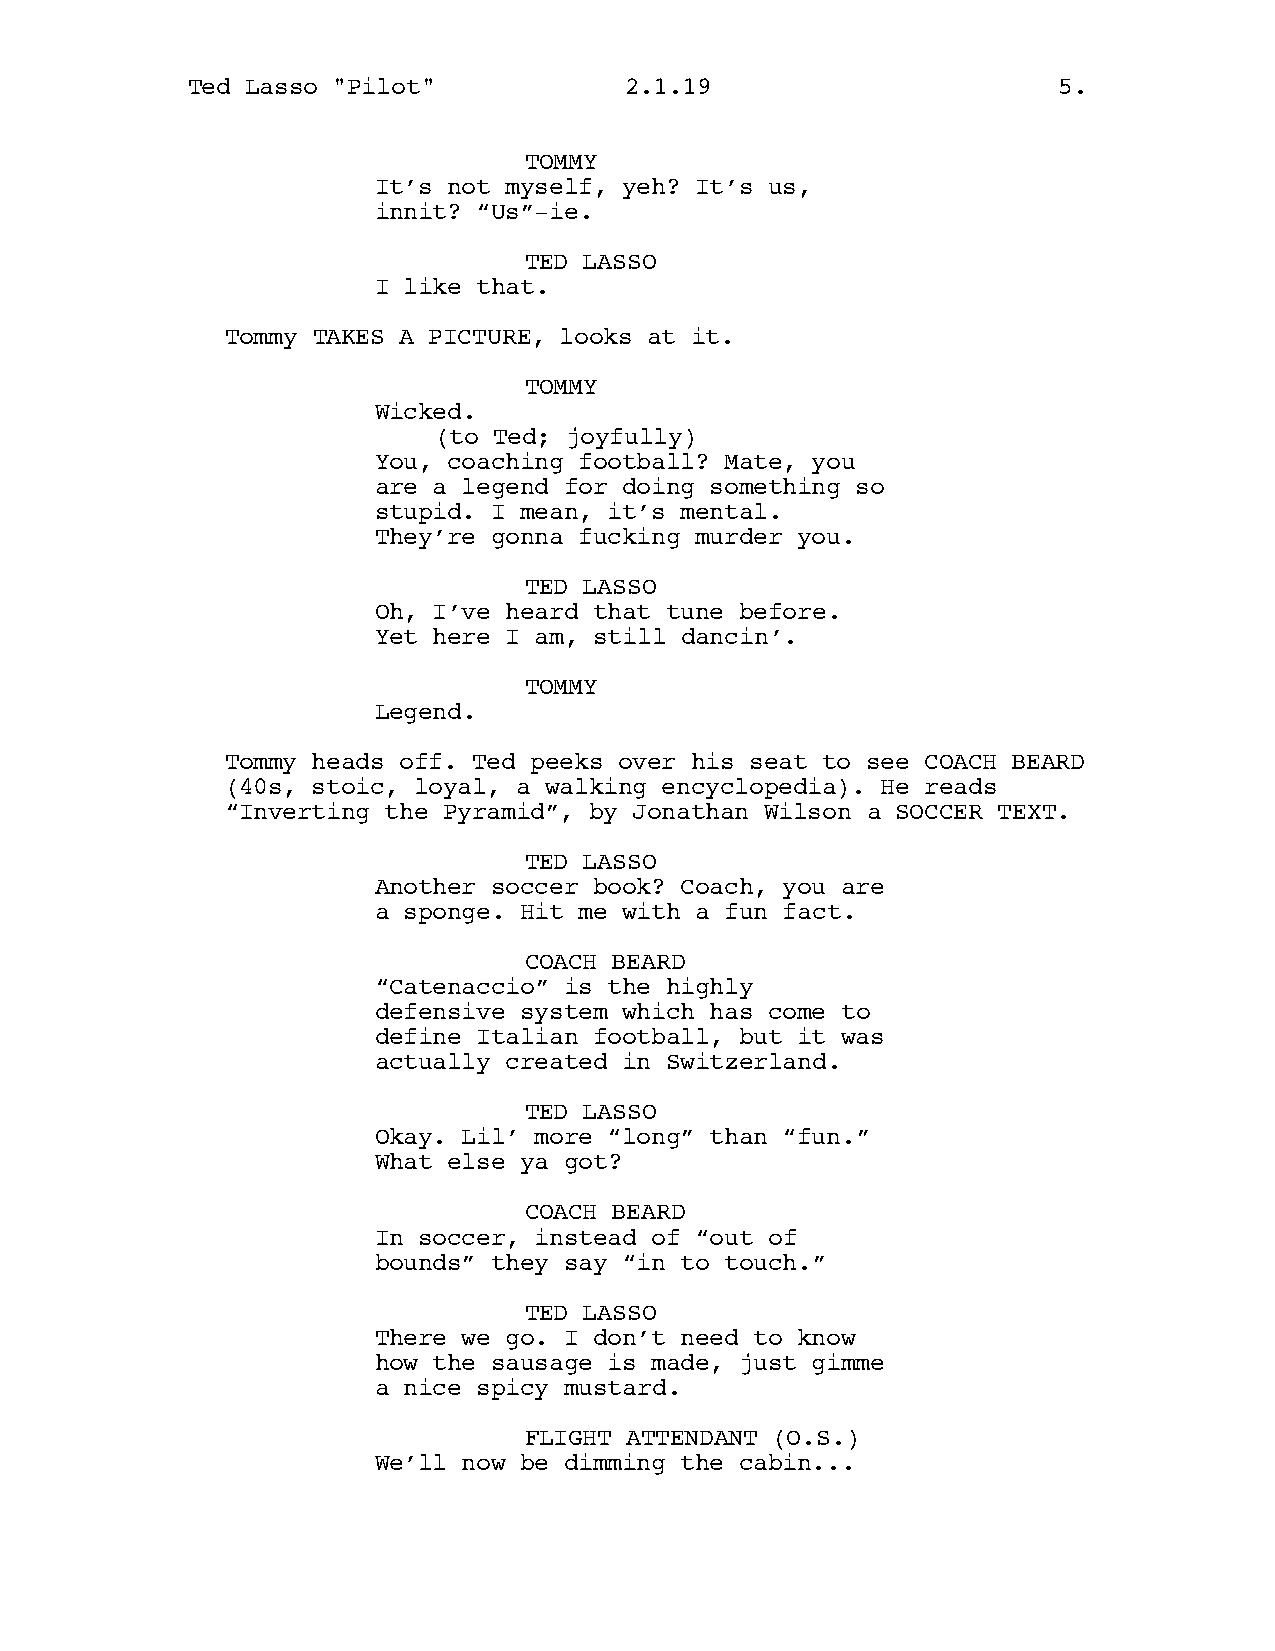
Ted Lasso "Pilot"            2.1.19                       5.
 TOMMY
 It’s not myself, yeh? It’s us,
 innit? “Us”-ie.
 TED LASSO
 I like that.
 Tommy TAKES A PICTURE, looks at it.
 TOMMY
 Wicked.
 (to Ted; joyfully)
 You, coaching football? Mate, you
 are a legend for doing something so
 stupid. I mean, it’s mental.
 They’re gonna fucking murder you.
 TED LASSO
 Oh, I’ve heard that tune before.
 Yet here I am, still dancin’.
 TOMMY
 Legend.
 Tommy heads off. Ted peeks over his seat to see COACH BEARD
 (40s, stoic, loyal, a walking encyclopedia). He reads
 “Inverting the Pyramid”, by Jonathan Wilson a SOCCER TEXT.
 TED LASSO
 Another soccer book? Coach, you are
 a sponge. Hit me with a fun fact.
 COACH BEARD
 “Catenaccio” is the highly
 defensive system which has come to
 define Italian football, but it was
 actually created in Switzerland.
 TED LASSO
 Okay. Lil’ more “long” than “fun.”
 What else ya got?
 COACH BEARD
 In soccer, instead of “out of
 bounds” they say “in to touch.”
 TED LASSO
 There we go. I don’t need to know
 how the sausage is made, just gimme
 a nice spicy mustard.
 FLIGHT ATTENDANT (O.S.)
 We’ll now be dimming the cabin...